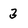
Character: 3